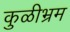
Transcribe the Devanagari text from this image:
कुळीभ्रम